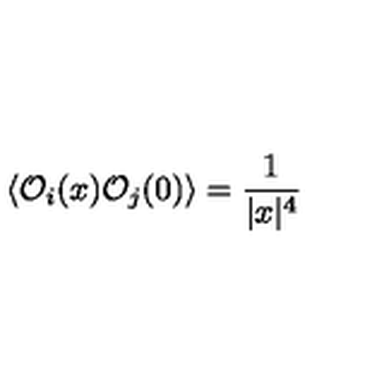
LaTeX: \langle { \cal O } _ { i } ( x ) { \cal O } _ { j } ( 0 ) \rangle = { \frac { 1 } { | x | ^ { 4 } } }